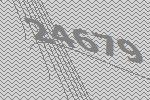
24679